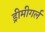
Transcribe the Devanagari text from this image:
ड्रीमीगर्ल